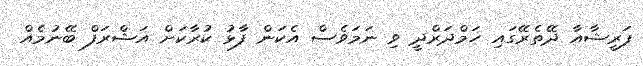
ފަރީޝާއާ ދޭތެރޭގައި ހަމްދަރްދީ ވި ނަމަވެސް އެކަން ފާޅު ކުރާކަށް އަޝްރަފް ބޭނުމެއް